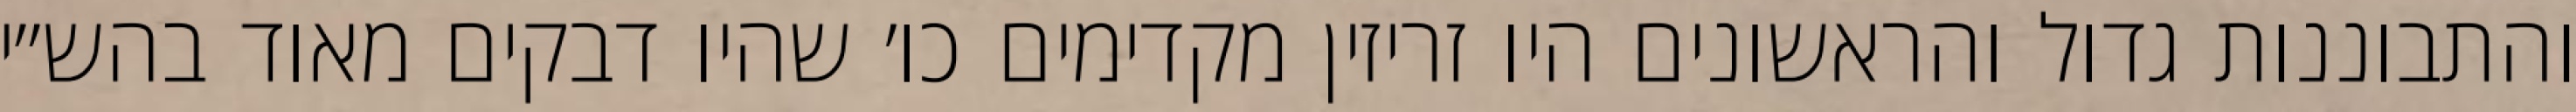
והתבוננות גדול והראשונים היו זריזין מקדימים כו׳ שהיו דבקים מאוד בהש״י